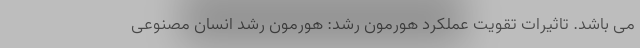
می باشد. تاثیرات تقویت عملکرد هورمون رشد: هورمون رشد انسان مصنوعی